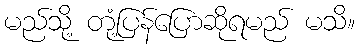
မည်သို့ တုံ့ပြန်ပြောဆိုရမည် မသိ။